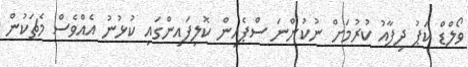
ވޯލްޑް ކަޕު ދިފާއު ކުރުމަށް ނުކުންނަ ސްޕެއިން ކޮލިފައިންގައި ކުޅުނު އެއްވެސް މެޗަކުން